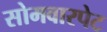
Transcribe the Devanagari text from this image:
सोमवारपेट